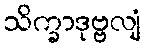
သိက္ခာဒုဗ္ဗလျံ